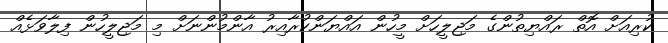
ކުރިއަށް އޮތް ރައްޔިތުންގެ މަޖިލީހަށް މީހުން އައްޔަންކުރާއިރު އާންމުންނަށް މި މަޖިލީހުން ފިލާވަޅެއް